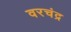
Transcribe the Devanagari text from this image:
वरचंद्र